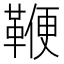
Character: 鞭